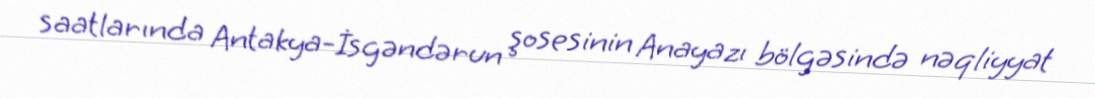
saatlarında Antakya-İsgəndərun şosesinin Anayazı bölgəsində nəqliyyat